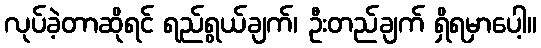
လုပ်ခဲ့တာဆိုရင် ရည်ရွယ်ချက်၊ ဦးတည်ချက် ရှိရမှာပေါ့။